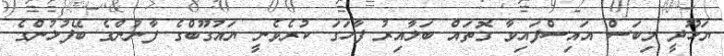
ޔަހޫދީ މިބަސް އައިސްފައިވާ ގޮތައް ބަލާއިރު ފާހަގަ ކުރެވެނީ ޔައުގޫބްގެ ފާނުންގެ ބޭފުޅުންގެ